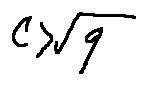
C > \sqrt { q }